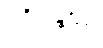
ဥဂ္ဂိရန္တဿ